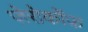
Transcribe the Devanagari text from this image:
ज़ेरोकोंफ़